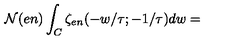
{ \cal N } ( e n ) \int _ { C } \zeta _ { e n } ( - w / \tau ; - 1 / \tau ) d w =